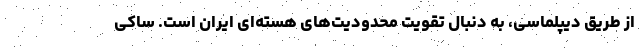
از طریق دیپلماسی، به دنبال تقویت محدودیت‌های هسته‌ای ایران است. ساکی